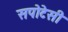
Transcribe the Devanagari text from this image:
सपोटेसी